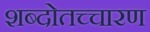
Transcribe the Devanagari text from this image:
शब्दोतच्चारण